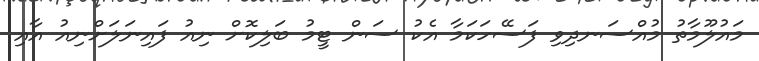
މައުލޫމާތު މުއްސަނދިވި ފަސޭހަކަމާ އެކު ސަން ޓީމު ބަލިކޮށް ނިއު ފައިނަލަށްނިއު އާއި